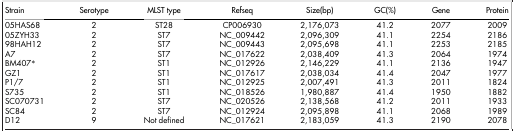
| Strain | Serotype | MLST type | Refseq | Size(bp) | GC(%) | Gene | Protein |
 | --- | --- | --- | --- | --- | --- | --- | --- |
 | 05HAS68 | 2 | ST28 | CP006930 | 2,176,073 | 41.2 | 2077 | 2009 |
 | 05ZYH33 | 2 | ST7 | NC_009442 | 2,096,309 | 41.1 | 2254 | 2186 |
 | 98HAH12 | 2 | ST7 | NC_009443 | 2,095,698 | 41.1 | 2253 | 2185 |
 | A7 | 2 | ST7 | NC_017622 | 2,038,409 | 41.3 | 2064 | 1974 |
 | BM407* | 2 | ST1 | NC_012926 | 2,146,229 | 41.1 | 2136 | 1947 |
 | GZ1 | 2 | ST1 | NC_017617 | 2,038,034 | 41.4 | 2047 | 1977 |
 | P1/7 | 2 | ST1 | NC_012925 | 2,007,491 | 41.3 | 2011 | 1824 |
 | S735 | 2 | ST1 | NC_018526 | 1,980,887 | 41.4 | 1950 | 1882 |
 | SC070731 | 2 | ST7 | NC_020526 | 2,138,568 | 41.2 | 2011 | 1933 |
 | SC84 | 2 | ST7 | NC_012924 | 2,095,898 | 41.1 | 2068 | 1989 |
 | D12 | 9 | Not defined | NC_017621 | 2,183,059 | 41.3 | 2190 | 2078 |